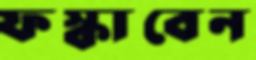
ফস্‌কাবেন